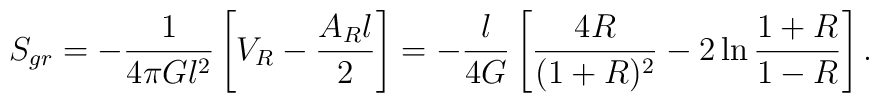
S_{gr} = - {1\over 4\pi G l^2} \left[ V_R - {A_R l\over 2} \right] =- {l\over 4G} \left[ {4R\over (1+R)^2} - 2\ln{{1+R\over 1-R}} \right].